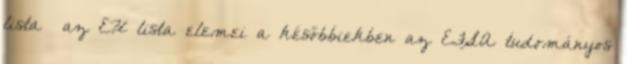
lista az EU lista elemei a későbbiekben az EFSA tudományos